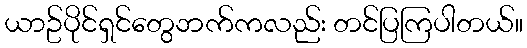
ယာဥ်ပိုင်ရှင်တွေဘက်ကလည်း တင်ပြကြပါတယ်။